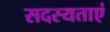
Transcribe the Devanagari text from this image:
सदस्यताएं